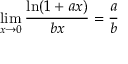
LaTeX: \operatorname* { l i m } _ { x \to 0 } { \frac { \ln ( 1 + a x ) } { b x } } = { \frac { a } { b } }